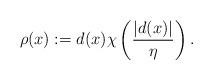
LaTeX: \begin{align*}\rho (x):=d(x)\chi\left(\frac{|d(x)|}{\eta}\right).\end{align*}